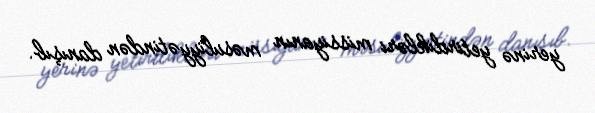
yerinə yetirdikləri missiyanın məsuliyyətindən danışıb.